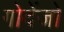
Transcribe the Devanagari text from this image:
गोदेंजो